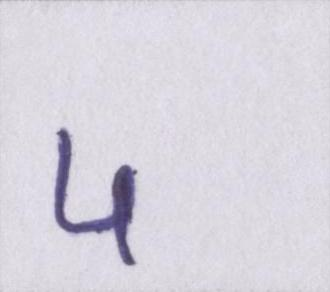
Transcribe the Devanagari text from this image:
५